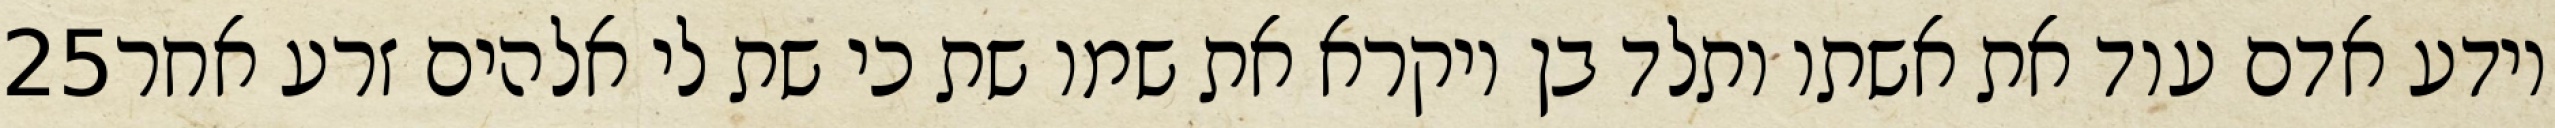
‎25‏ וידע אדם עוד את אשתו ותלד בן ויקרא את שמו שת כי שת לי אלהים זרע אחר